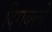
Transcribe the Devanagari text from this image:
दिगबली